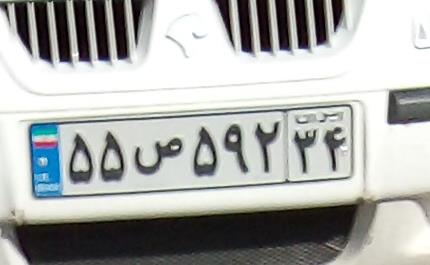
۵۵ص۵۹۲۳۴